system: You are a helpful assistant.
user:
Analyze the provided spectrum to determine if it is a **"Cataclysmic Variables (CV)"**.

- **Key Indicators for CV (Check for either state):**
    - **State 1: Quiescent / Low-State (Emission-Dominated)**
        - **(Primary):** Strong and *very broad* Hydrogen Balmer emission lines (e.g., $H\alpha$ at 6563 Å, $H\beta$ at 4861 Å). The 'broadness' (high velocity dispersion, often FWHM > 1000 km/s) is the key diagnostic, indicating a high-velocity accretion disk.
        - **(Secondary):** Broad neutral Helium (He I) emission lines (e.g., 5876 Å, 6678 Å).
        - **(Key Confirmation):** Presence of high-excitation *ionized* Helium (He II) emission at 4686 Å. This is a strong indicator of accretion onto a white dwarf.
        - **(Line Profile):** Emission lines may exhibit a 'double-peaked' profile, which is a classic signature of a rotating accretion disk viewed at high inclination.

    - **State 2: Outburst / High-State (Absorption-Dominated)**
        - **(Primary):** Spectrum is dominated by a bright, blue continuum (looks like a hot star).
        - **(Secondary):** The emission lines from State 1 are weak, absent, or 'filled in', and are replaced by broad, shallow *absorption* lines (primarily Balmer and He I).
        - **(Morphology):** The overall spectrum mimics a hot B/A-type star. The crucial difference is that the absorption lines are significantly broader, shallower, and more 'washed-out' (or 'smeared') than the sharp lines of a normal stellar photosphere, due to high rotational speeds and pressure broadening in the disk.

Think first, call **spectral_visualization_tool** if needed to examine features in detail, then provide your final answer. Your response must adhere to the following strict rules:
1.  **Overall Structure:** Your response must follow the format `<think>...</think> <tool_call>...</tool_call> (if a tool is used) <answer>...</answer>`.
2.  **Tool Usage Constraint:** You may only make **one** tool call per turn.
3.  **Final Answer Format:** In the `<answer>` tag, your conclusion must be inside a `\boxed{}` command (e.g., `\boxed{YES}`), followed by your justification.

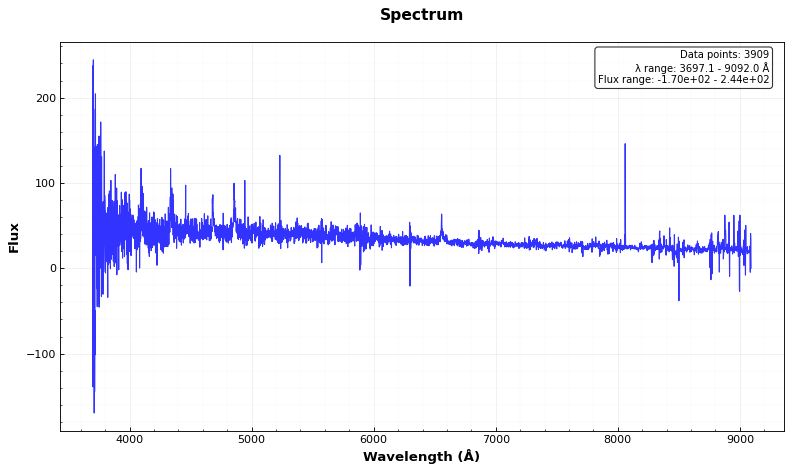
Answer: YES